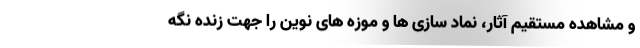
و مشاهده مستقیم آثار، نماد سازی ها و موزه های نوین را جهت زنده نگه